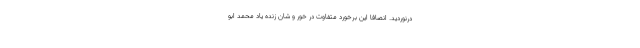
درنوردید. انصافا این برخورد متفاوت در خور و شان زنده یاد محمد ابو